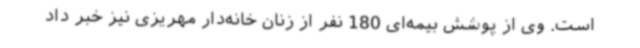
است. وی از پوشش بیمه‌ای 180 نفر از زنان خانه‌دار مهریزی نیز خبر داد